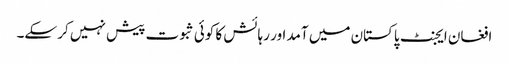
افغان ایجنٹ پاکستان میں آمد اور رہائش کا کوئی ثبوت پیش نہیں کر سکے۔